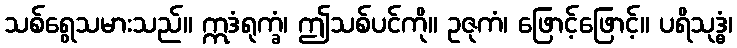
သစ်ရွေသမားသည်။ ဣဒံရုက္ခံ၊ ဤသစ်ပင်ကို။ ဥဇုကံ၊ ဖြောင့်ဖြောင့်။ ပရိသုဒ္ဓံ၊